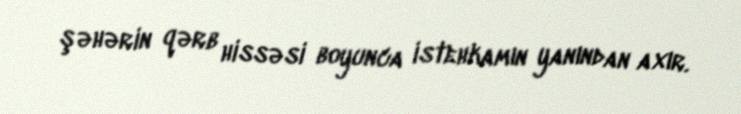
şəhərin qərb hissəsi boyunca istehkamın yanından axır.